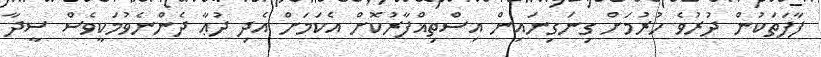
ފާފަތަކުން ދުރުވެ ހުރުމަށް ގިނަގިނައިން އިސްތިޣްފާރުކޮށް އެކަމަށް އެދި ދުޢާ ދެންނެވުމަކީވެސް ސީދާ